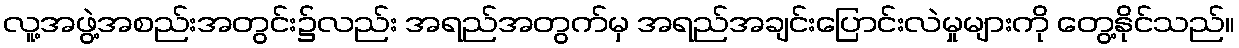
လူ့အဖွဲ့အစည်းအတွင်း၌လည်း အရည်အတွက်မှ အရည်အချင်းပြောင်းလဲမှုများကို တွေ့နိုင်သည်။